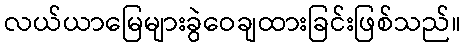
လယ်ယာမြေများခွဲဝေချထားခြင်းဖြစ်သည်။